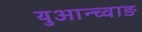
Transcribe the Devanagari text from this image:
युआन्च्वाङ